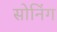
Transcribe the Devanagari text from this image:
सोनिंग